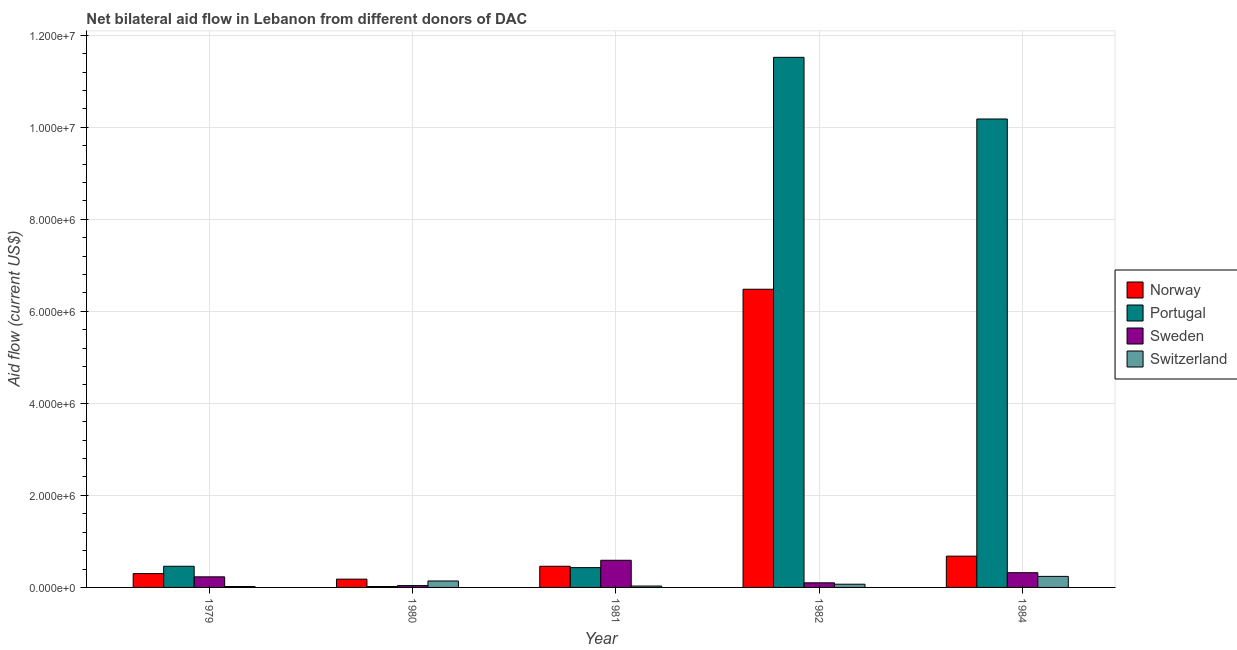
| Year | Norway | Portugal | Sweden | Switzerland |
 | --- | --- | --- | --- | --- |
 | 1979 | 3e+05 | 4.6e+05 | 2.3e+05 | 2e+04 |
 | 1980 | 1.8e+05 | 2e+04 | 4e+04 | 1.4e+05 |
 | 1981 | 4.6e+05 | 4.3e+05 | 5.9e+05 | 3e+04 |
 | 1982 | 6.48e+06 | 1.15e+07 | 1e+05 | 7e+04 |
 | 1984 | 6.8e+05 | 1.02e+07 | 3.2e+05 | 2.4e+05 |